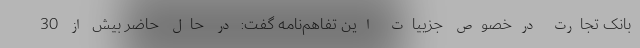
بانک تجارت درخصوص جزییات این تفاهم‌نامه گفت: در حال حاضر بیش از 30